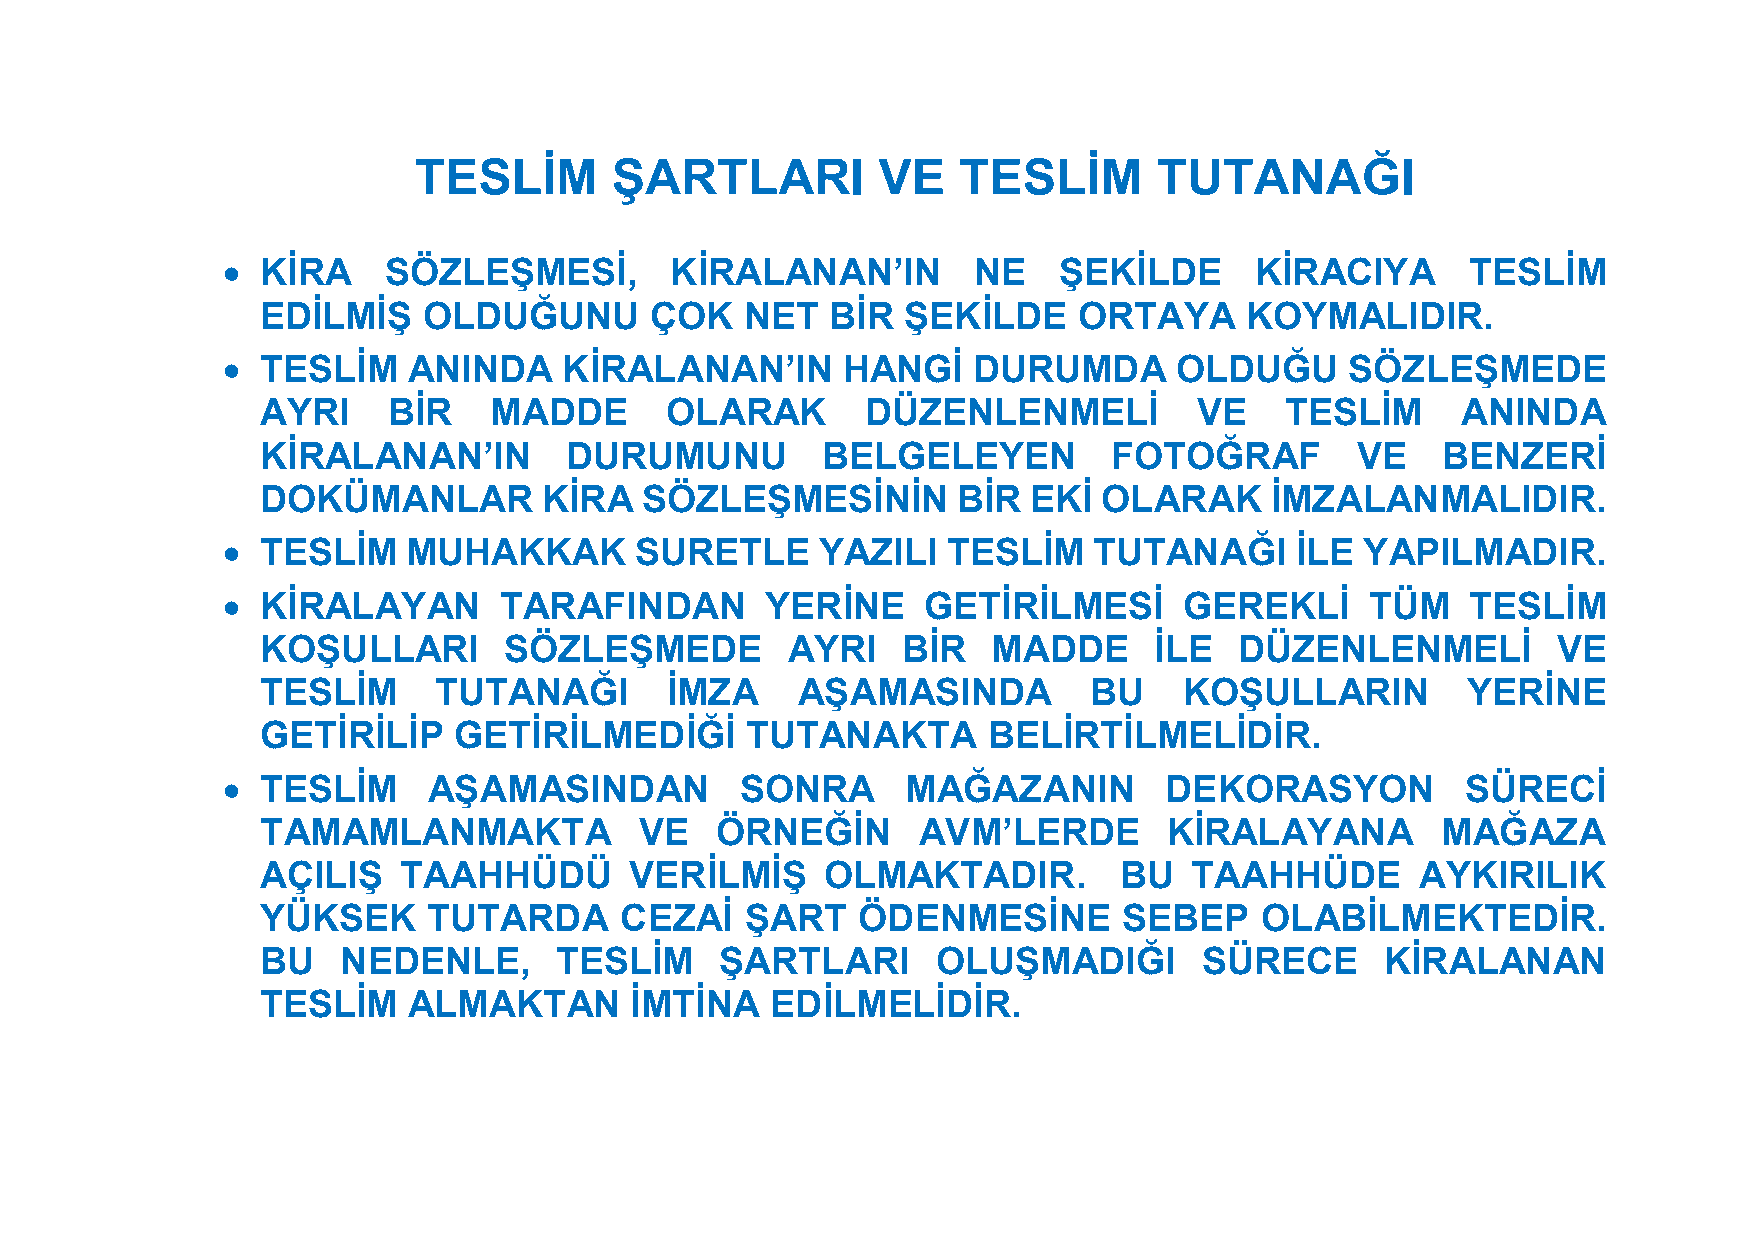
TESLİM       ŞARTLARI          VE   TESLİM        TUTANAĞI
  KİRA    SÖZLEŞMESİ,        KİRALANAN’IN        NE    ŞEKİLDE      KİRACIYA      TESLİM
 EDİLMİŞ    OLDUĞUNU       ÇOK   NET   BİR  ŞEKİLDE    ORTAYA     KOYMALIDIR.
  TESLİM    ANINDA    KİRALANAN’IN       HANGİ   DURUMDA       OLDUĞU     SÖZLEŞMEDE
 AYRI     BİR   MADDE       OLARAK       DÜZENLENMELİ          VE    TESLİM      ANINDA
 KİRALANAN’IN        DURUMUNU         BELGELEYEN          FOTOĞRAF        VE   BENZERİ
 DOKÜMANLAR         KİRA  SÖZLEŞMESİNİN        BİR  EKİ  OLARAK     İMZALANMALIDIR.
  TESLİM    MUHAKKAK       SURETLE     YAZILI   TESLİM   TUTANAĞI      İLE YAPILMADIR.
  KİRALAYAN       TARAFINDAN        YERİNE    GETİRİLMESİ      GEREKLİ      TÜM   TESLİM
 KOŞULLARI       SÖZLEŞMEDE         AYRI    BİR   MADDE     İLE   DÜZENLENMELİ         VE
 TESLİM      TUTANAĞI       İMZA     AŞAMASINDA         BU    KOŞULLARIN         YERİNE
 GETİRİLİP    GETİRİLMEDİĞİ      TUTANAKTA       BELİRTİLMELİDİR.
  TESLİM     AŞAMASINDAN          SONRA      MAĞAZANIN        DEKORASYON          SÜRECİ
 TAMAMLANMAKTA            VE   ÖRNEĞİN       AVM’LERDE       KİRALAYANA        MAĞAZA
 AÇILIŞ   TAAHHÜDÜ        VERİLMİŞ     OLMAKTADIR.        BU   TAAHHÜDE       AYKIRILIK
 YÜKSEK     TUTARDA      CEZAİ   ŞART    ÖDENMESİNE       SEBEP    OLABİLMEKTEDİR.
 BU    NEDENLE,      TESLİM     ŞARTLARI      OLUŞMADIĞI        SÜRECE      KİRALANAN
 TESLİM    ALMAKTAN       İMTİNA   EDİLMELİDİR.